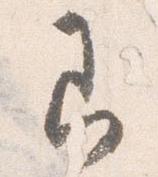
即